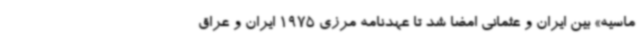
ماسیه» بین ایران و عثمانی امضا شد تا عهدنامه مرزی 1975 ایران و عراق